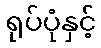
ရုပ်ပုံနှင့်